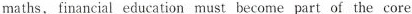
maths，financial education must become part of the core